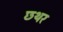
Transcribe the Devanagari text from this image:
छथर